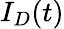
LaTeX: I_{D}(t)